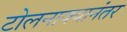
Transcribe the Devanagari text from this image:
टोलनाक्यानंतर